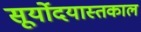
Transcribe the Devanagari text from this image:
सूर्योदयास्तकाल